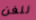
للفن